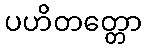
ပဟိတတ္တော